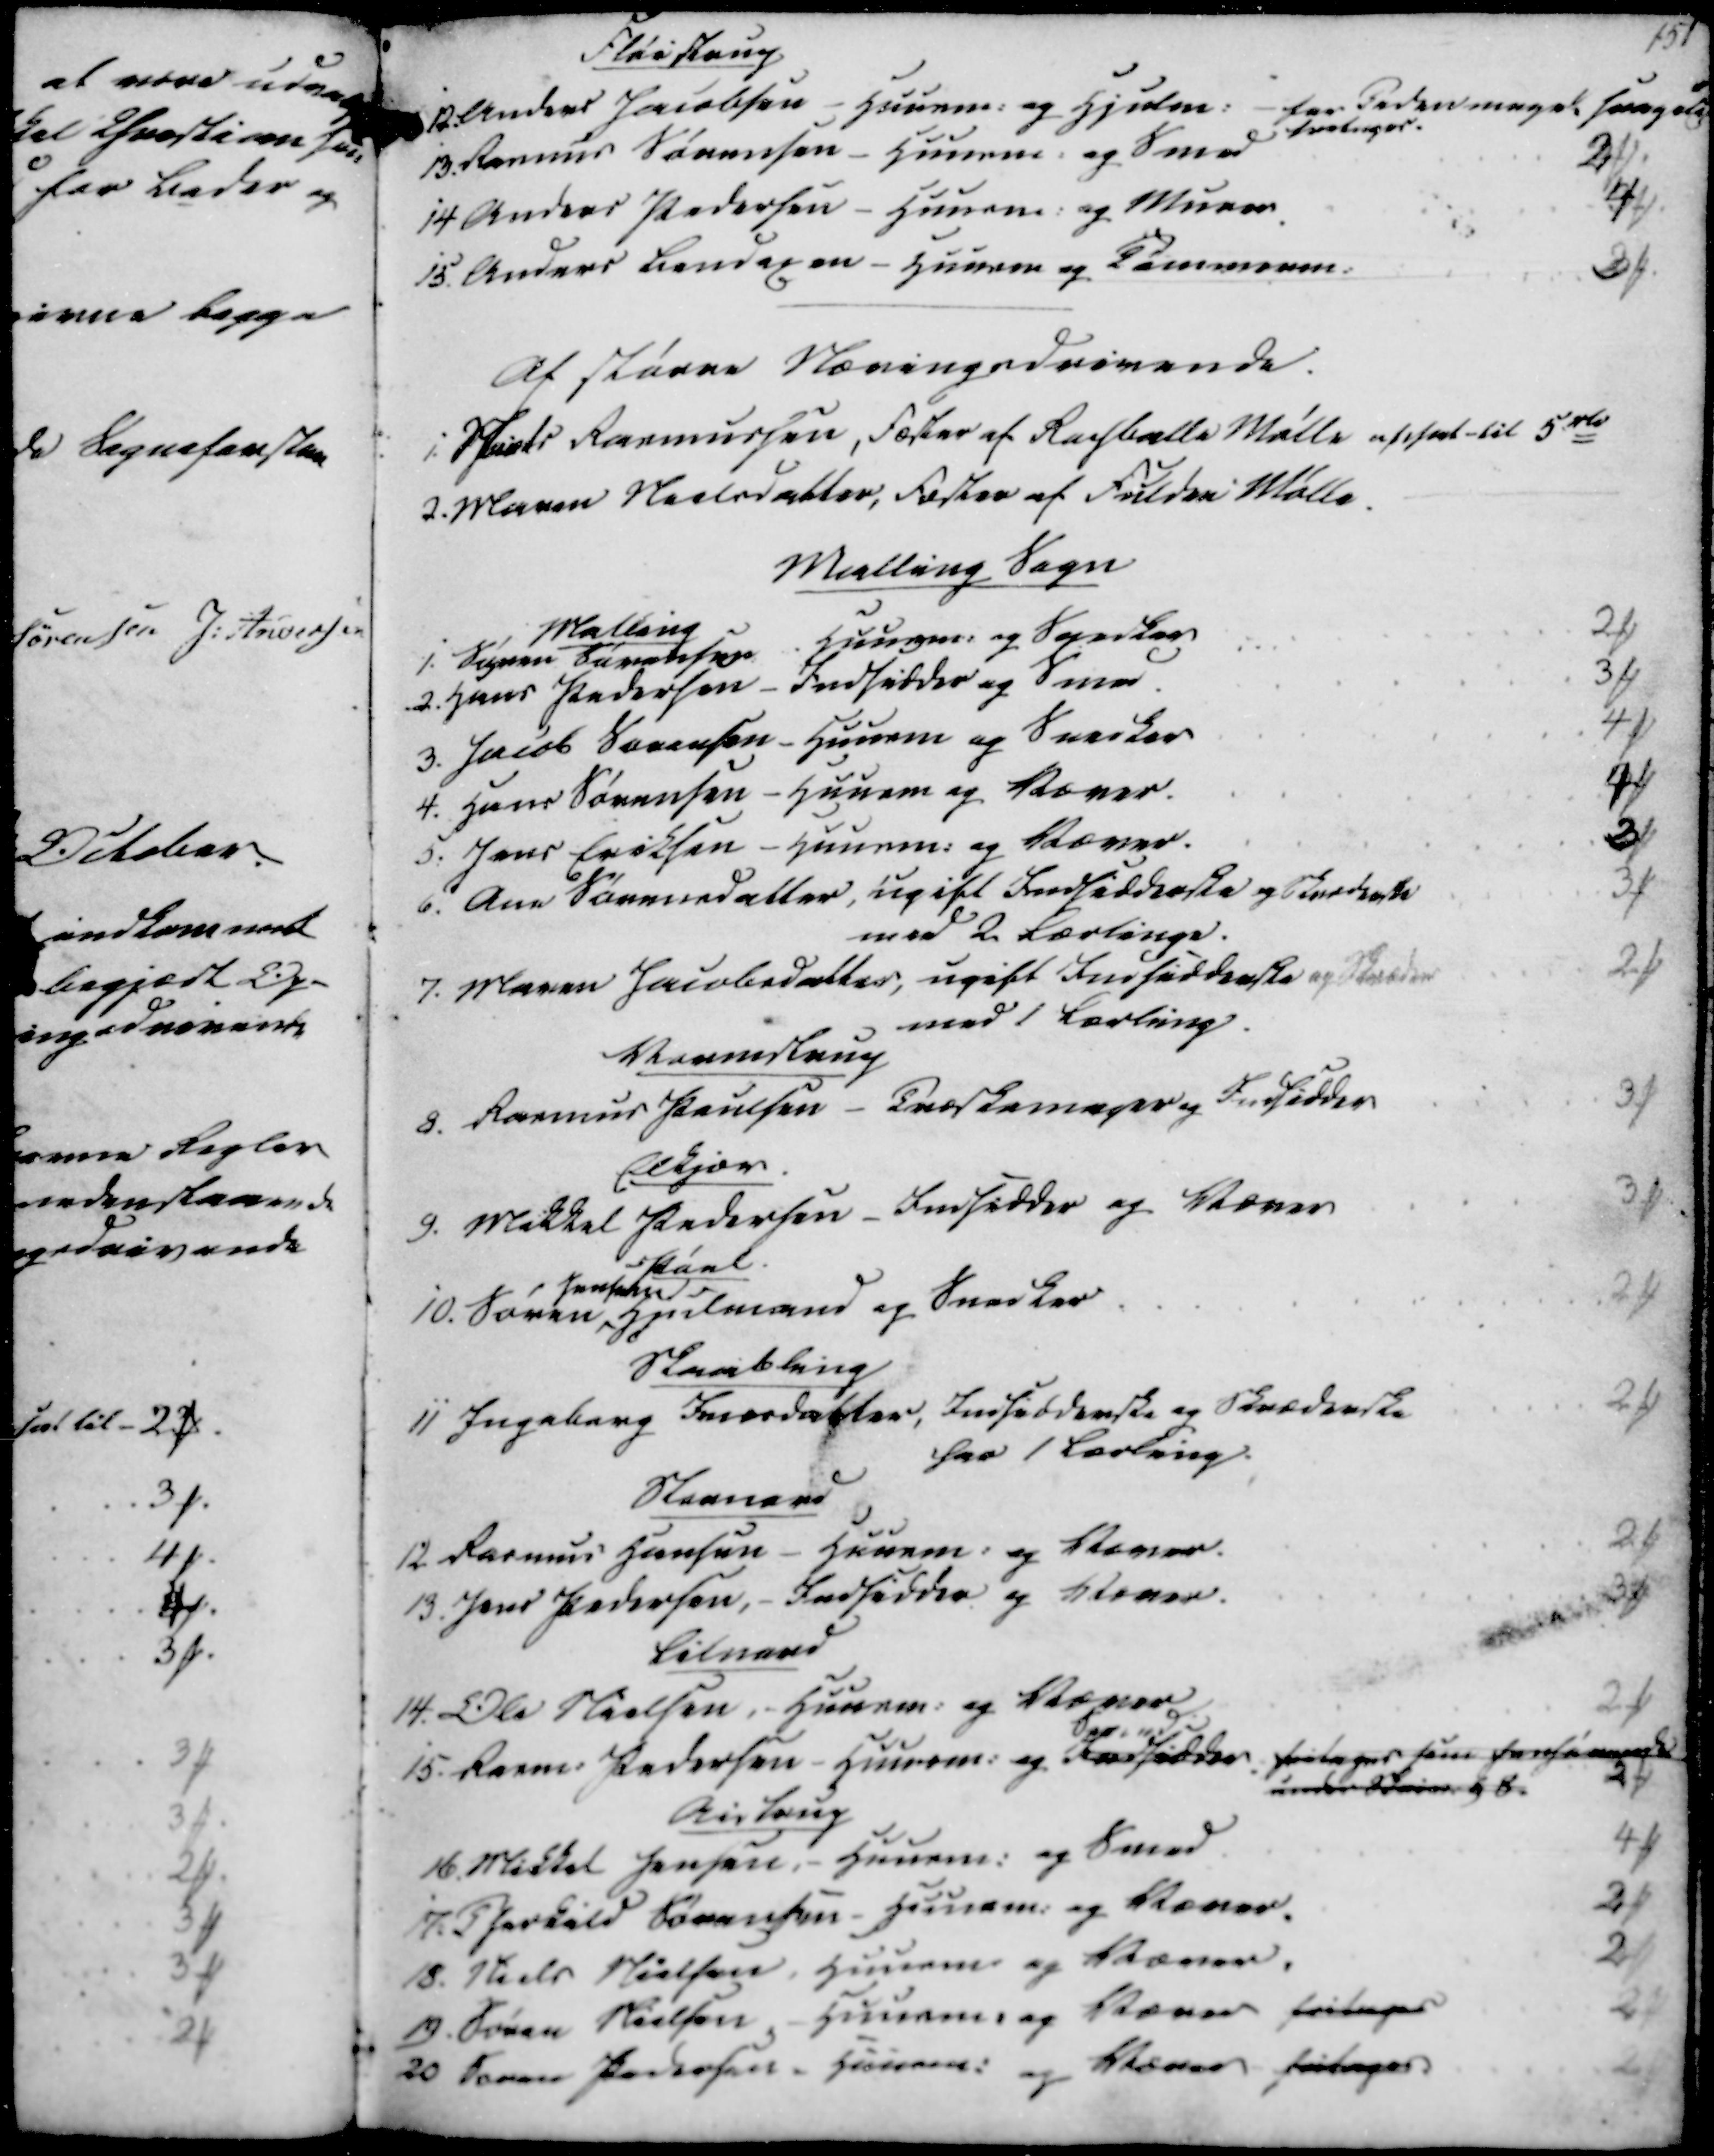
Transskription:
Fløistrup
12. Anders Jacobsen - Huusm. og Hjulm. - for Tadenmagel svagels
fretinger
13. Rasmus Sørensen - Huusm. og Smed
2 ₻
14 Anders Pedersen - Huusm. og Murer.
4 ₻
15. Anders Bendixen - Huusm og Tømmerm.
3 ₻
Af Større Næringsdrivende.
1. Niels Rasmussen, Fæster af Rapballe Mølle afsat til 5 rd
2. Maren Nielsdatter, Fæster af Fulden Mølle.

Malling Sogn
Malling
1. Søren Sørensen
Huusm. og Snedker
2 ₻
2. Hans Pedersen - Indsidder og Smed.
3 ₻
3. Jacob Sørensen - Huusm og Snedker
4 ₻
4. Hans Sørensen - Huusm og Væver.
4 ₻
5. Jens Eriksen - Huusm. og Væver.
3 ₻
6. Ane Sørensdatter, ugift Indsidderske og Skræderske
med 2 Lærlinge.
3 ₻
7. Maren Jacobsdatter, ugift Indsidderske og Skræder
med 1 Lærling.
2 ₻
Vormstrup
8. Rasmus Paulsen - Træskomager og Indsidder
3 ₻
Elkjær
9. Mikkel Pedersen - Indsidder og Væver
3 ₻
Pøel.
10. Søren
Jensen
Hjulmand og Snedker
2 ₻

Skaabling
11 Ingeborg Iversdatter, Indsidderske og Skræderske
har 1 Lærling.
2 ₻
Stornord
12 Rasmus Hansen - Huusm. og Væver.
2 ₻
13. Jens Pedersen, - Indsidder og Væver.
3 ₻
Lilnord
14. Ole Nielsen, - Huusm. og Væver.
2 ₻
15. Rasm. Pedersen - Huusm. og Indsidder fritages som henhørende
under Skriv. § 8.
2 ₻
Aistrup
16. Mikkel Jensen, - Huusm. og Smed
4 ₻
17. Thorkild Sørensen - Huusm. og Væver.
2 ₻
18. Niels Nielsen, Huusm og Væver.
2 ₻
19. Søren Nielsen, - Huusm. og Væver fritages
2 ₻
20 Søren Pedersen - Huusm. og Væver fritages
2 ₻